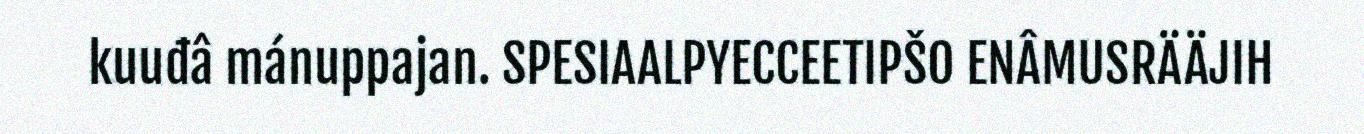
kuuđâ mánuppajan. SPESIAALPYECCEETIPŠO ENÂMUSRÄÄJIH